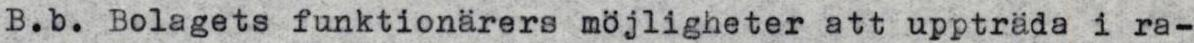
B.b. Bolagets funktionärers möjligheter att uppträda i ra-